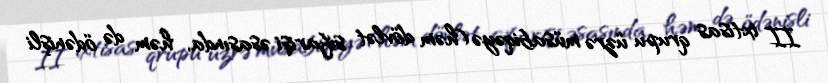
II ixtisas qrupu üzrə müsabiqəyə (həm dövlət sifarişi əsasında, həm də ödənişli